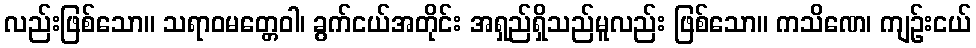
လည်းဖြစ်သော။ သရာဝမတ္တေဝါ၊ ခွက်ငယ်အတိုင်း အရှည်ရှိသည်မူလည်း ဖြစ်သော။ ကသိဏေ၊ ကျဉ်းငယ်